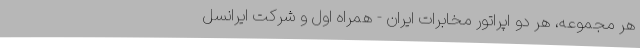
هر مجموعه، هر دو اپراتور مخابرات ایران - همراه اول و شرکت ایرانسل